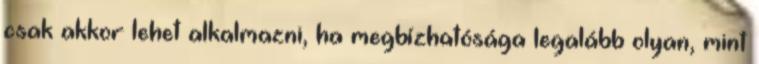
csak akkor lehet alkalmazni, ha megbízhatósága legalább olyan, mint